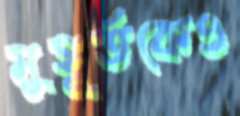
মুহূর্তকেও